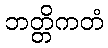
ဘတ္တိကတံ